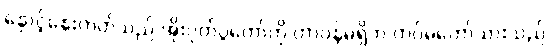
နှောင့်နှေးတတ်သည် အိုးပုတ်ပွဲတော်ကို တာဝန်မရှိဘဲ တပ်မတော်သားသည်